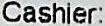
CASHIER: